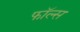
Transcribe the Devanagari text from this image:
फाॅल्स